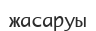
жасаруы